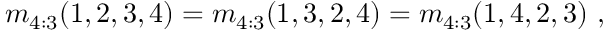
m _ { 4 : 3 } ( 1 , 2 , 3 , 4 ) = m _ { 4 : 3 } ( 1 , 3 , 2 , 4 ) = m _ { 4 : 3 } ( 1 , 4 , 2 , 3 ) \ ,